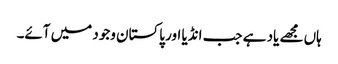
ہاں مجھے یاد ہے جب انڈیا اور پاکستان وجود میں آئے۔